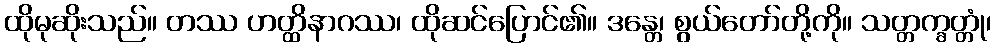
ထိုမုဆိုးသည်။ တဿ ဟတ္ထိနာဂဿ၊ ထိုဆင်ပြောင်၏။ ဒန္တေ၊ စွယ်တော်တို့ကို။ သတ္တက္ခတ္တုံ၊